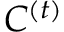
C ^ { ( t ) }